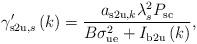
LaTeX: \begin{align*}\gamma'_{\mathrm{s2u},s}\left( k \right) = \frac{a_{\mathrm{s2u},k} \lambda^2_s P_{\mathrm{sc}}}{B\sigma_{\mathrm{ue}}^2+I_{\mathrm{b2u}}\left( k \right)},\end{align*}